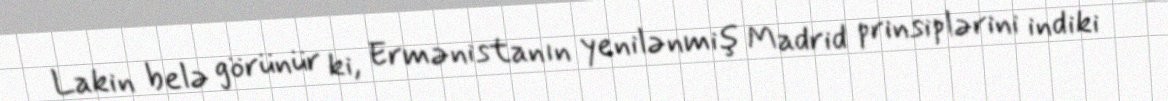
Lakin belə görünür ki, Ermənistanın yenilənmiş Madrid prinsiplərini indiki